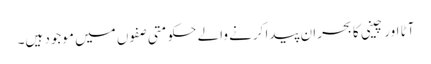
آٹا اور چینی کا بحران پیدا کرنے والے حکومتی صفوں میں موجود ہیں۔